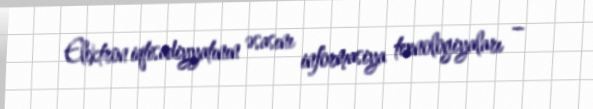
Elektron iqtisadiyyatının əsasını informasiya texnologiyaları –